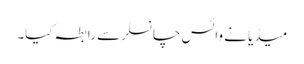
میڈیا نے وائس چانسلر سے رابطہ کیا۔